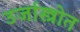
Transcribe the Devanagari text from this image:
उर्जास्त्रोत